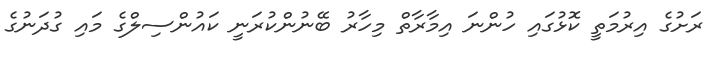
ރަށުގެ އިރުމަތީ ކޮޅުގައި ހުންނަ އިމާރާތް މިހާރު ބޭނުންކުރަނީ ކައުންސިލްގެ މައި ގުދަނުގެ